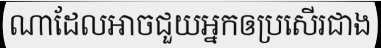
ណាដែលអាចជួយអ្នកឲប្រសើរជាង